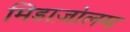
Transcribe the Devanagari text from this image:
मिडाज़ोलम